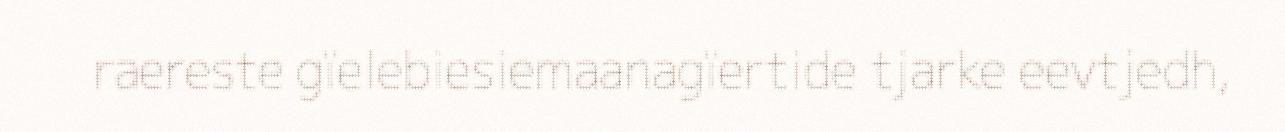
raereste gïelebiesiemaanagïertide tjarke eevtjedh,